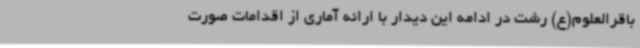
باقرالعلوم(ع) رشت در ادامه این دیدار با ارائه آماری از اقدامات صورت